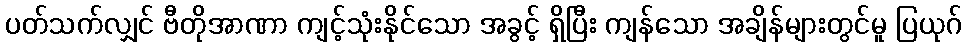
ပတ်သက်လျှင် ဗီတိုအာဏာ ကျင့်သုံးနိုင်သော အခွင့် ရှိပြီး ကျန်သော အချိန်များတွင်မူ ပြယုဂ်